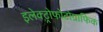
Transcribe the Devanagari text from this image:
इलेक्ट्रोफोटोग्राफिक